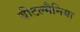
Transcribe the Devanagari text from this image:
बीटल्मैनिया